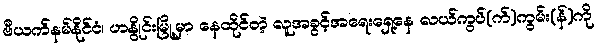
ဗီယက်နမ်နိုင်ငံ၊ ဟနွိုင်းမြို့မှာ နေထိုင်တဲ့ လူအခွင့်အရေးရှေ့နေ လယ်ကွပ်(က်)ကွမ်း(န်)ကို